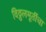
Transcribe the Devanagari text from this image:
विठ्ठलमूर्तीचा